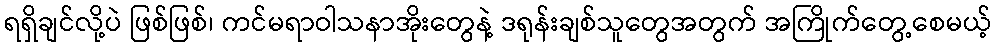
ရရှိချင်လို့ပဲ ဖြစ်ဖြစ်၊ ကင်မရာဝါသနာအိုးတွေနဲ့ ဒရုန်းချစ်သူတွေအတွက် အကြိုက်တွေ့စေမယ့်